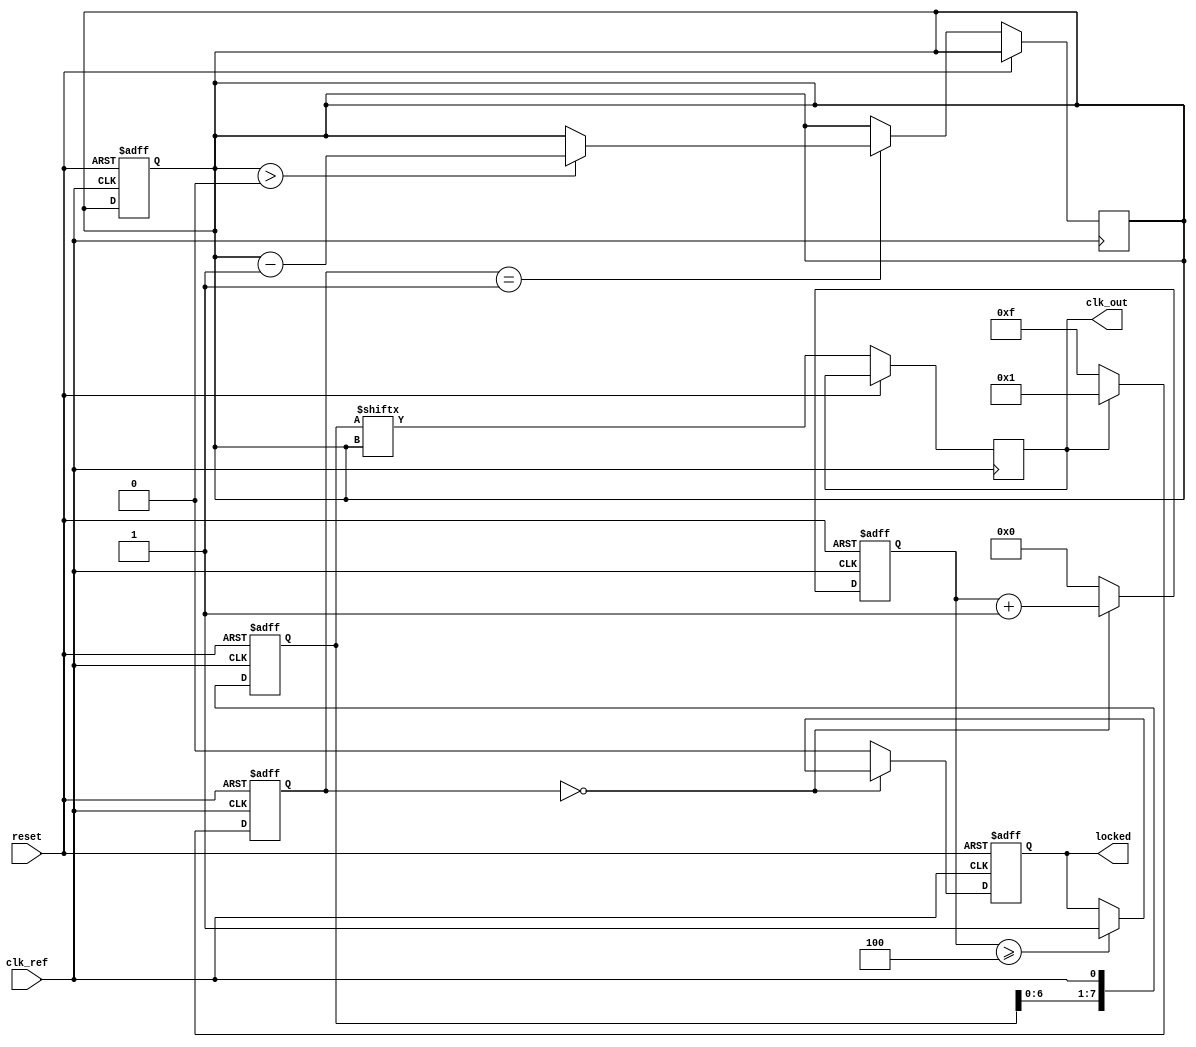
module MemoryBlocksDLL (
    input wire clk_ref,          // Reference clock input
    input wire reset,            // Asynchronous reset
    output reg clk_out,          // Output clock
    output reg locked            // Lock status output
);

    // Parameters
    parameter NUM_DELAY_BLOCKS = 8; // Number of memory blocks in the delay line
    parameter DELAY_STEP = 1;         // Delay step in clock cycles

    // Internal signals
    reg [NUM_DELAY_BLOCKS-1:0] delay_line; // Delay line memory blocks
    reg [NUM_DELAY_BLOCKS-1:0] delay_setting; // Current delay setting
    reg [3:0] phase_error; // Phase error signal
    reg [3:0] phase_detector; // Phase detector output
    reg [3:0] delay_index; // Current delay index
    reg [3:0] lock_counter; // Lock detection counter

    // Phase Detector
    always @(posedge clk_ref or posedge reset) begin
        if (reset) begin
            phase_detector <= 0;
        end else begin
            // Compare reference clock with delayed clock
            if (clk_out) begin
                phase_detector <= 1; // Output clock is leading
            end else begin
                phase_detector <= -1; // Output clock is lagging
            end
        end
    end

    // Delay Line
    always @(posedge clk_ref or posedge reset) begin
        if (reset) begin
            delay_line <= 0;
            delay_index <= 0;
        end else begin
            // Shift delay line based on current delay setting
            delay_line <= {delay_line[NUM_DELAY_BLOCKS-2:0], clk_ref};
            clk_out <= delay_line[delay_index]; // Output clock from delay line
        end
    end

    // Control Circuit
    always @(posedge clk_ref or posedge reset) begin
        if (reset) begin
            delay_setting <= 0;
            locked <= 0;
            lock_counter <= 0;
        end else begin
            // Adjust delay setting based on phase detector output
            case (phase_detector)
                1: begin // Output clock is leading
                    if (delay_index > 0) begin
                        delay_index <= delay_index - DELAY_STEP; // Decrement delay
                    end
                end
                -1: begin // Output clock is lagging
                    if (delay_index < NUM_DELAY_BLOCKS - 1) begin
                        delay_index <= delay_index + DELAY_STEP; // Increment delay
                    end
                end
            endcase

            // Lock detection logic
            if (phase_detector == 0) begin
                lock_counter <= lock_counter + 1;
                if (lock_counter >= 4) begin // Arbitrary threshold for lock detection
                    locked <= 1;
                end
            end else begin
                lock_counter <= 0;
                locked <= 0;
            end
        end
    end

endmodule